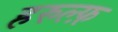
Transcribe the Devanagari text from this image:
हरुल्फ़